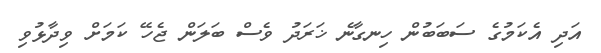
އަދި އެކަމުގެ ސަބަބުން ހިނގާނެ ޚަރަދު ވެސް ބަލަން ޖެހޭ ކަމަށް ވިދާޅުވި